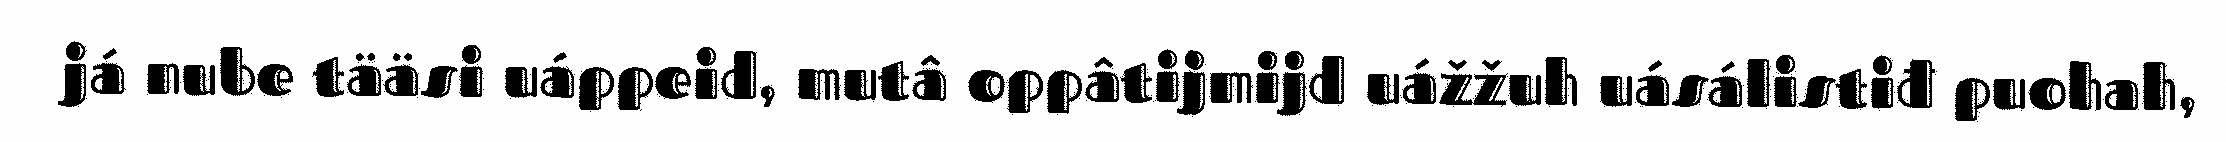
já nube tääsi uáppeid, mutâ oppâtijmijd uážžuh uásálistiđ puohah,